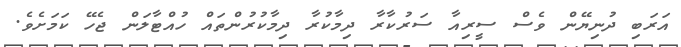
އަރަބި ދުނިޔޭން ވެސް ސީރިއާ ސަރުކާރާ ދިމާކުރާ ދިމާކުރުންތައް ހުއްޓާލަން ޖެހޭ ކަމަށެވެ.